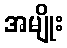
အမျိုး